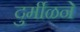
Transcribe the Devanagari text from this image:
दुर्मीळने